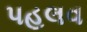
પહલવ